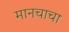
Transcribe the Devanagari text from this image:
मानचाचा